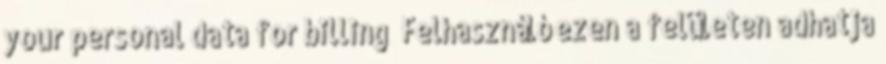
your personal data for billing Felhasználó ezen a felületen adhatja